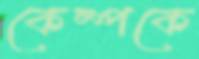
কেম্পকে